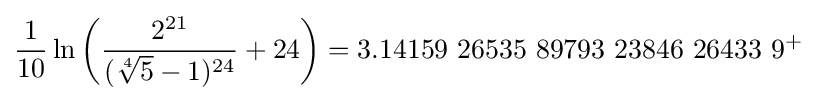
{\frac {1}{10}}\ln \left({\frac {2^{21}}{({\sqrt[{4}]{5}}-1)^{24}}}+24\right)=3.14159\ 26535\ 89793\ 23846\ 26433\ 9^{+}